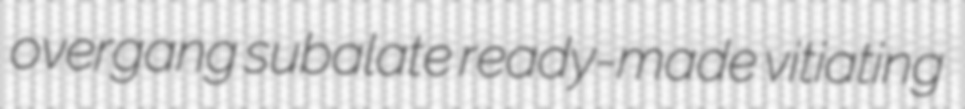
overgang subalate ready-made vitiating